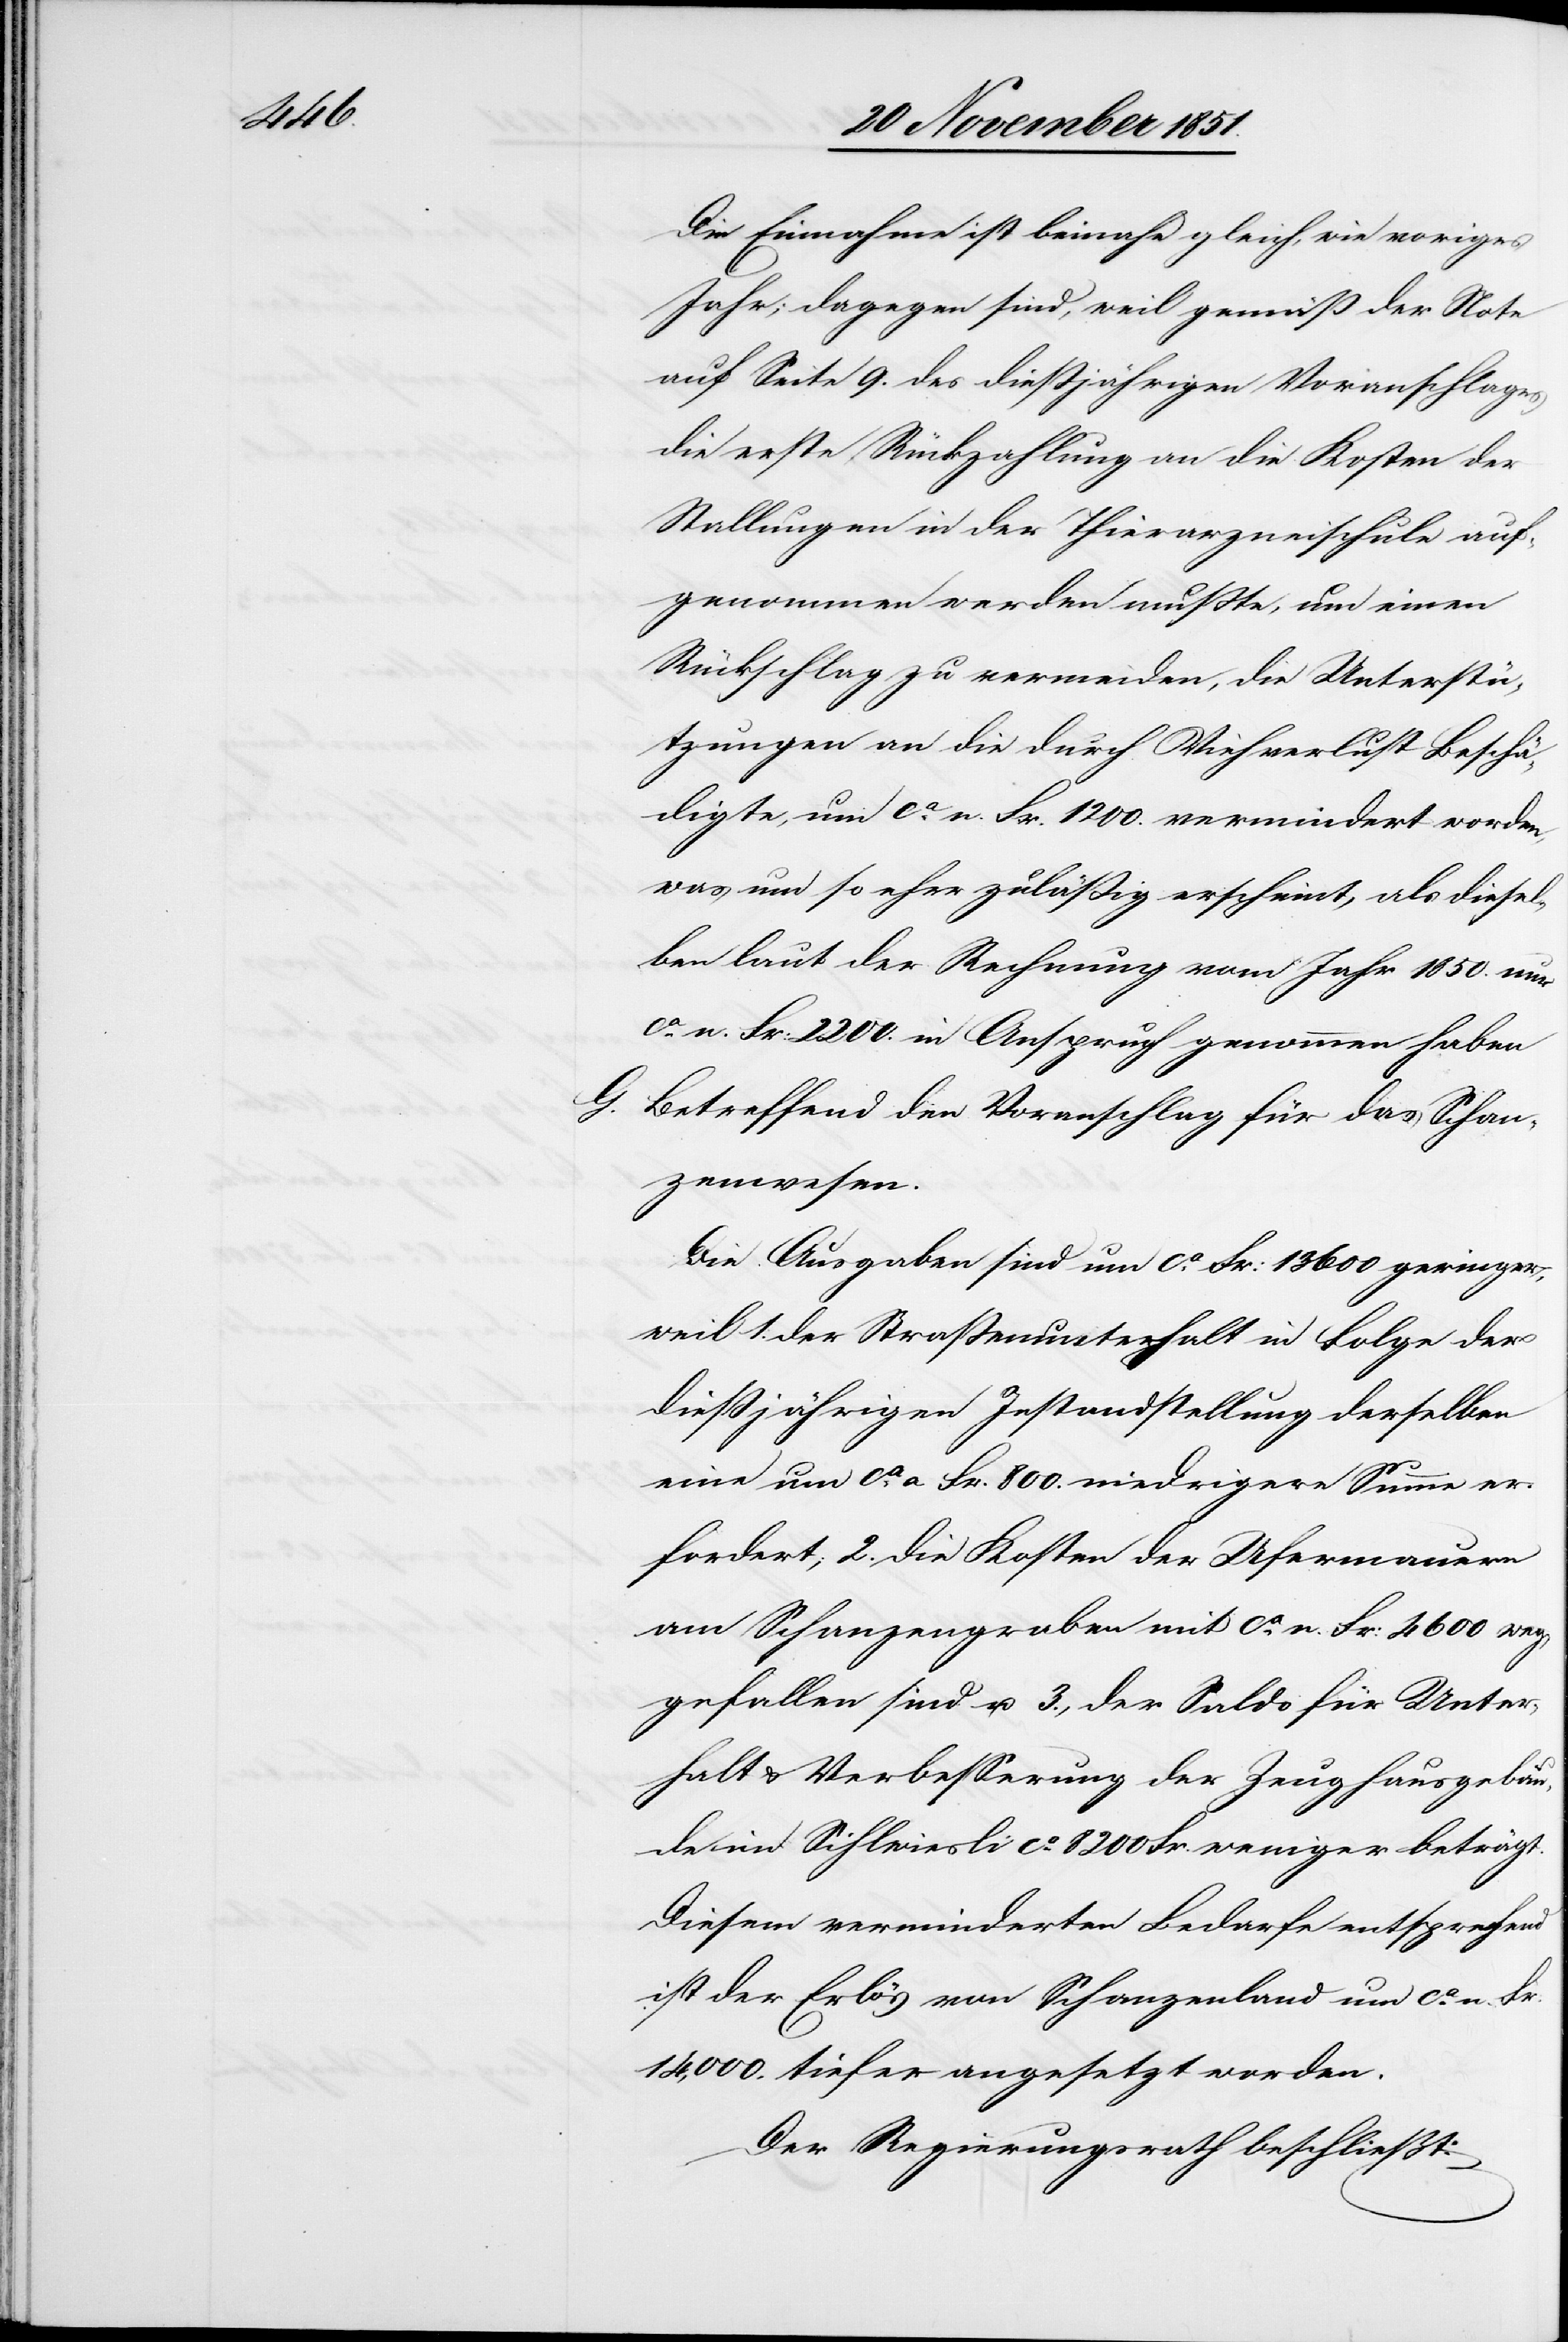
Die Einnahme ist beinahe gleich, wie voriges
Jahr; dagegen sind, weil gemäß der Note
auf Seite 9. des dießjährigen Voranschlages
die erste Rückzahlung an die Kosten der
Stallungen in der Thierarzneischule auf¬
genommen werden mußte, um einen
Rückschlag zu vermeiden, die Unterstü¬
tzungen an die durch Viehverlust Beschä¬
digte[n], um ca. n. Fr. 1200. vermindert worden,
was um so eher zuläßig erscheint, als diesel¬
ben laut der Rechnung vom Jahr 1850. nur
ca. n. Fr: 2200. in Anspruch genommen haben
Betreffend den Voranschlag für das Schan¬
zenwesen.
Die Ausgaben sind um ca. Fr: 13 600 geringer,
weil 1. der Straßenunterhalt in Folge der
dießjährigen Instandstellung derselben
eine um ca. a. Fr. 800. niedrigere Summe er¬
fordert; 2. die Kosten der Ufermauern
am Schanzengraben mit ca. n. Fr: 4600 weg¬
gefallen sind u. 3., der Saldo für Unter¬
halt & Verbesserung der Zeughausgebäu¬
de im Sihlwiesli ca. 8200 Fr. weniger beträgt.
Diesem verminderten Bedarfe entsprechend
ist der Erlös von Schanzenland um ca. n. Fr.
14,000. tiefer angesetzt worden.
Der Regierungsrath beschließt: